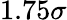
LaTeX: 1.75\sigma